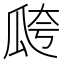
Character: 𤫸